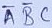
Text: ABC